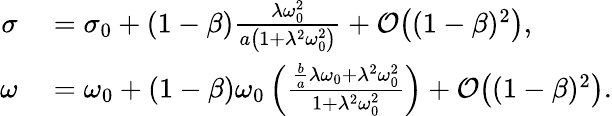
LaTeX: \begin{array}{rl}{\sigma}&{{}=\sigma_{0}+(1-\beta)\frac{\lambda\omega_{0}^{2}}{a\left(1+\lambda^{2}\omega_{0}^{2}\right)}+\mathcal{O}\bigl((1-\beta)^{2}\bigr),}\\ {\omega}&{{}=\omega_{0}+(1-\beta)\omega_{0}\left(\frac{\frac{b}{a}\lambda\omega_{0}+\lambda^{2}\omega_{0}^{2}}{1+\lambda^{2}\omega_{0}^{2}}\right)+\mathcal{O}\bigl((1-\beta)^{2}\bigr).}\end{array}